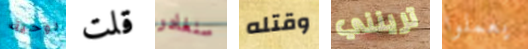
روحية قلت سنغادر وقتله ترينني يعملوا